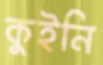
কুইনি